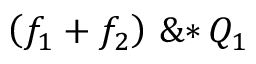
\left( \! \, { { f } _ { 1 } } + { { f } _ { 2 } } \, \! \right) \, \mathrm { \& * } \, { { Q } _ { 1 } }